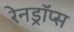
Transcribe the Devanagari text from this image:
रेनड्रॉप्स